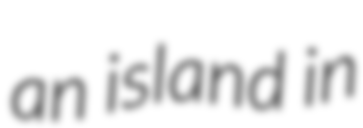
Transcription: an island in